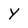
Character: Y